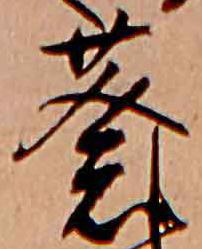
葵